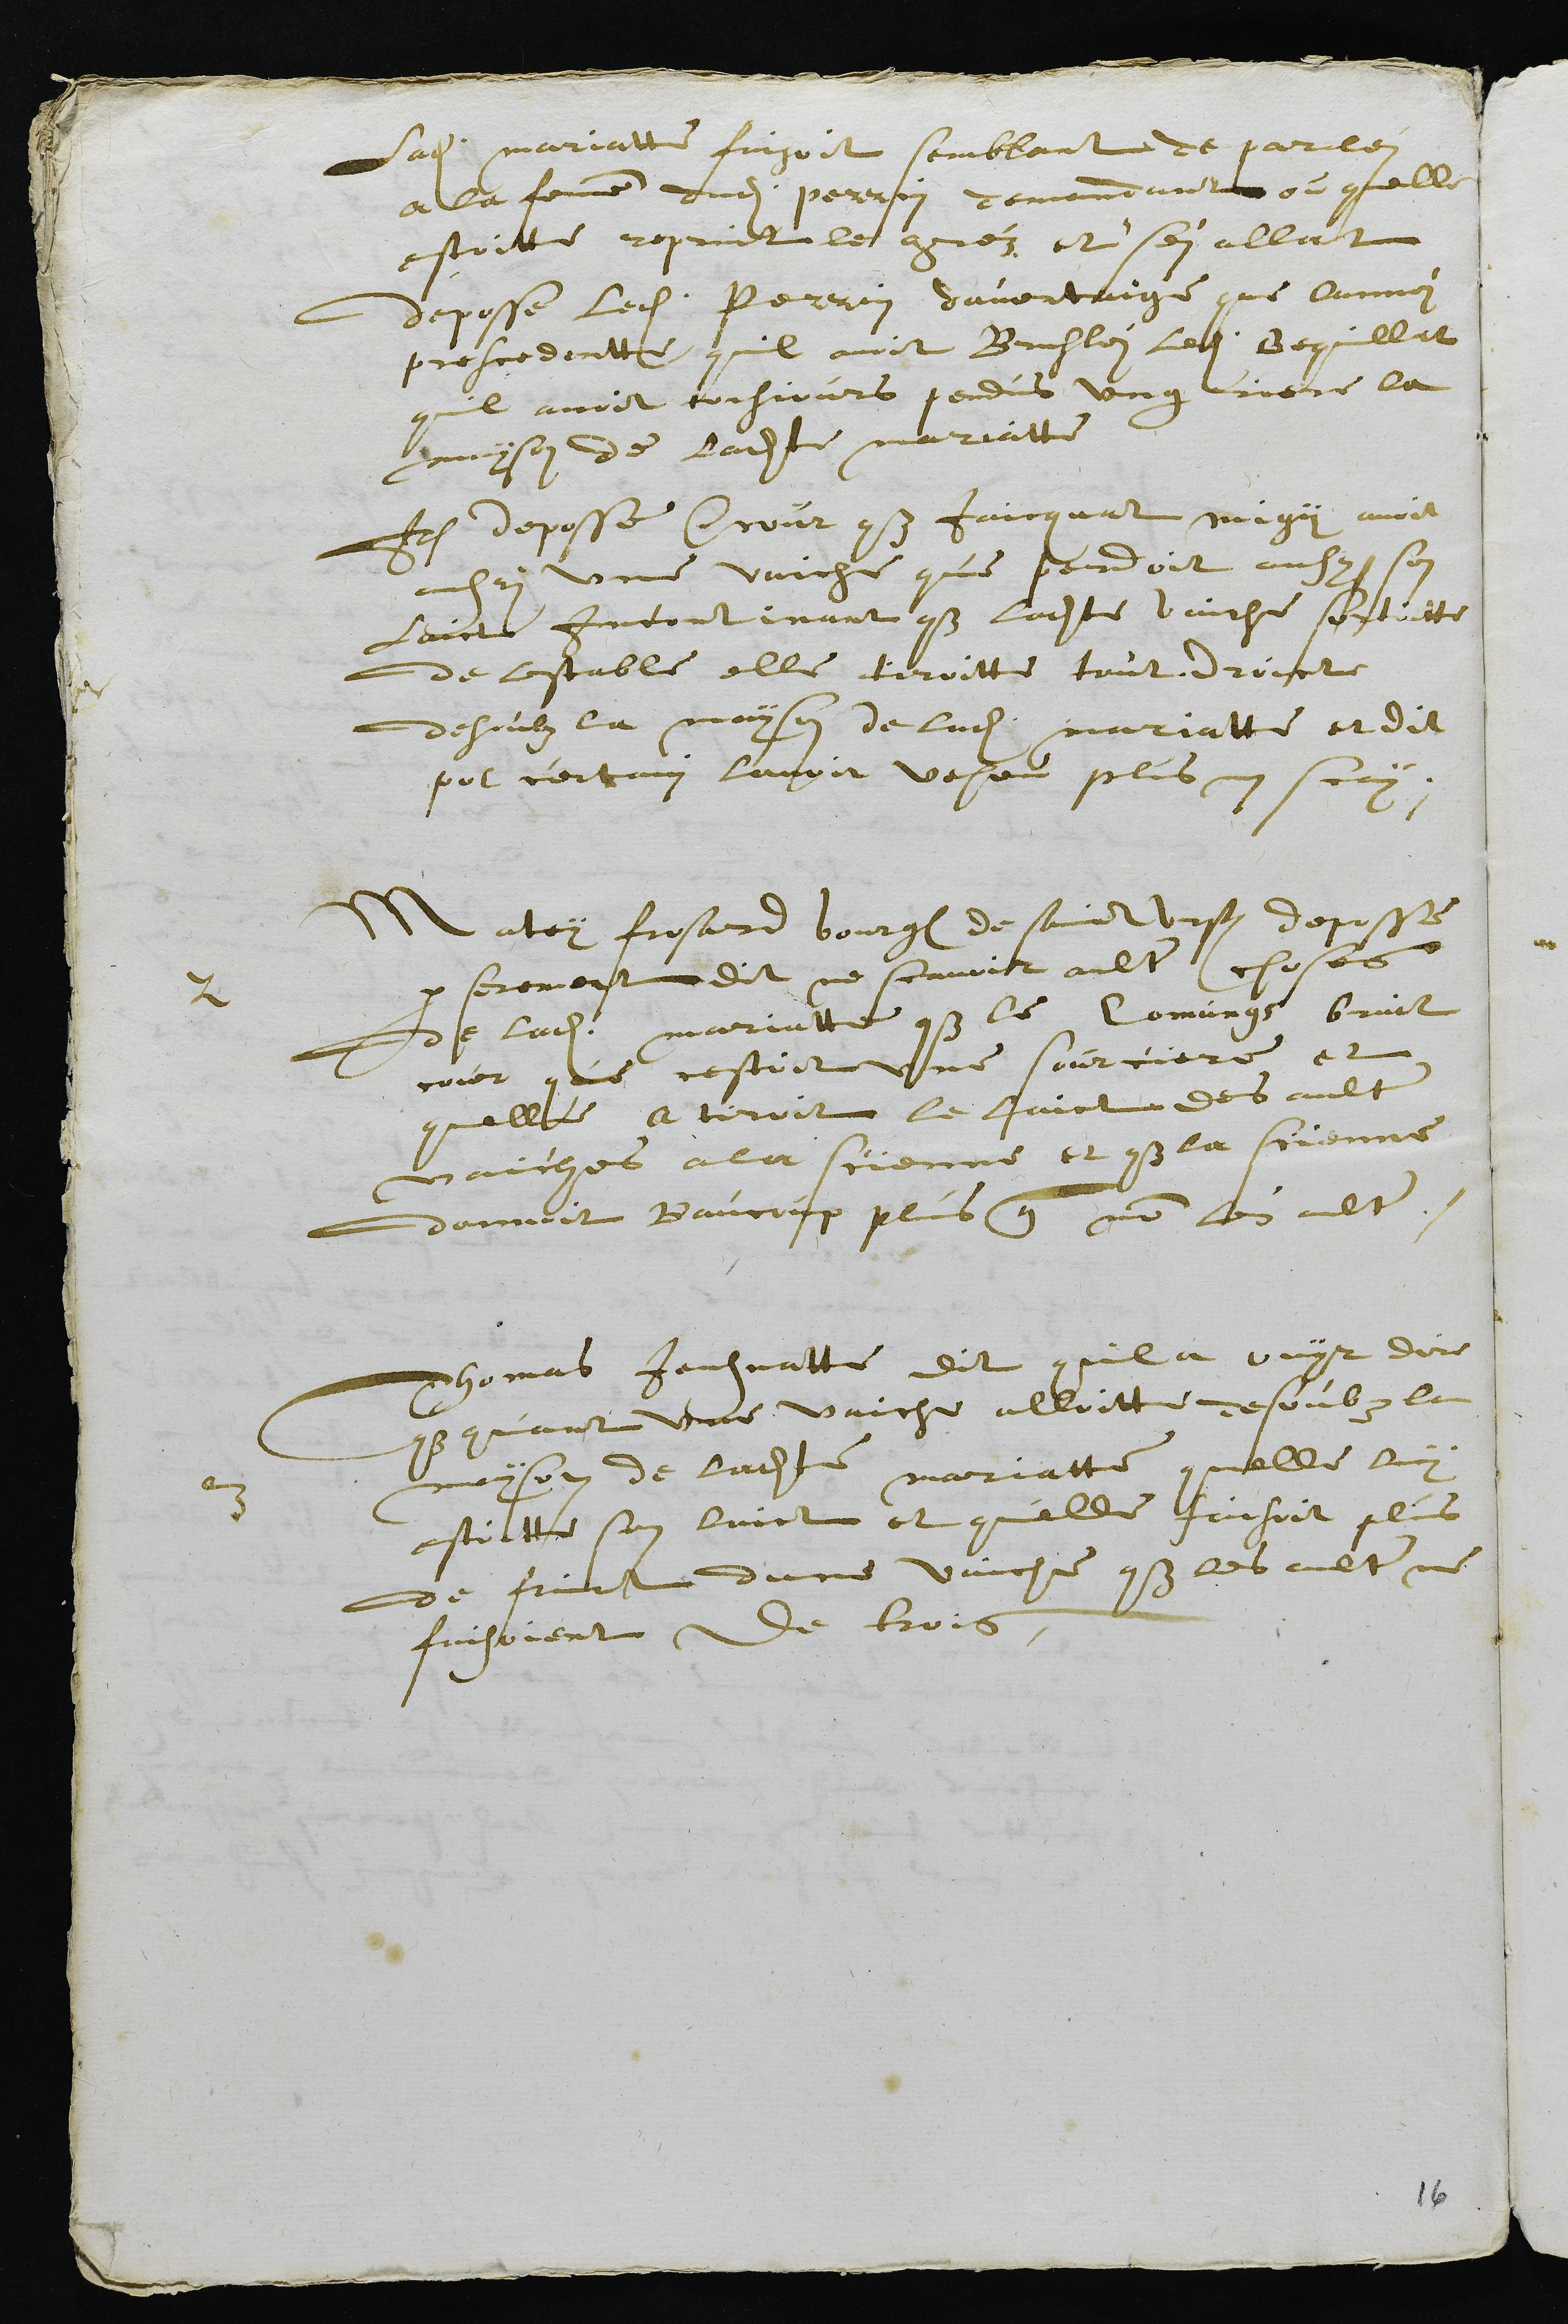
Ladite Mariatte faisoit semblant de parlei
a la femme dudit Perrin demandant ou quelle
estoitte reprint le gréz et sen allat
deposse ledit Perrin davantaige que Oumoi
precedentte quil avoit Bruslei ledit Bequillat
quil avoit tousjours pendus ung riere la
mayson de ladite mariatte
Item deposse encour que Jaicquat migy avoit
aussi une vaiche que perdoit aussi son
laict incontinant que ladite vaiche sortoitte
de lestable elle tiroitte tout droicte
desoubz la mayson de ladite mariatte et dit
pour certain lavoit veheu plus nen scay.
2
Matey frosard bourgeois de saint Ursanne deposse
par serement dit ne scavoir aultre choses
de ladite Mariatte que le Comungs bruit
cour que cestoit une sourciere et
quelle a tiroit le laict des aultre
vaiches a la scienne et que la scienne
donnoit baucoup plus que non les aultre.
3
Thomas Jeusnatte dit quil a ouyr dire
que quant une vaiche alloitte desoubz la
mayson de ladite Mariatte quelle luy
ostoitte son laict et quelle faisoit plus
de fruit dune vaiche que les aultre ne
faisoient de trois.

16